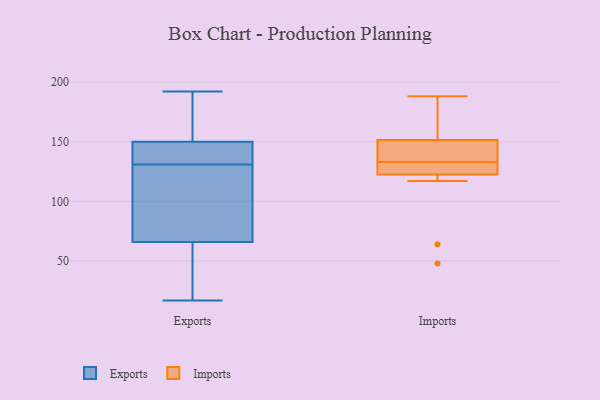
{"axis": {"x": "LTV (USD)", "y": "Value"}, "legend": ["Exports", "Imports"], "data": [{"x": "", "y": 63, "type": "Exports"}, {"x": "", "y": 192, "type": "Exports"}, {"x": "", "y": 127, "type": "Exports"}, {"x": "", "y": 17, "type": "Exports"}, {"x": "", "y": 131, "type": "Exports"}, {"x": "", "y": 140, "type": "Exports"}, {"x": "", "y": 75, "type": "Exports"}, {"x": "", "y": 171, "type": "Exports"}, {"x": "", "y": 50, "type": "Exports"}, {"x": "", "y": 152, "type": "Exports"}, {"x": "", "y": 144, "type": "Exports"}, {"x": "", "y": 188, "type": "Imports"}, {"x": "", "y": 129, "type": "Imports"}, {"x": "", "y": 117, "type": "Imports"}, {"x": "", "y": 64, "type": "Imports"}, {"x": "", "y": 48, "type": "Imports"}, {"x": "", "y": 135, "type": "Imports"}, {"x": "", "y": 128, "type": "Imports"}, {"x": "", "y": 141, "type": "Imports"}, {"x": "", "y": 156, "type": "Imports"}, {"x": "", "y": 149, "type": "Imports"}, {"x": "", "y": 131, "type": "Imports"}, {"x": "", "y": 154, "type": "Imports"}]}